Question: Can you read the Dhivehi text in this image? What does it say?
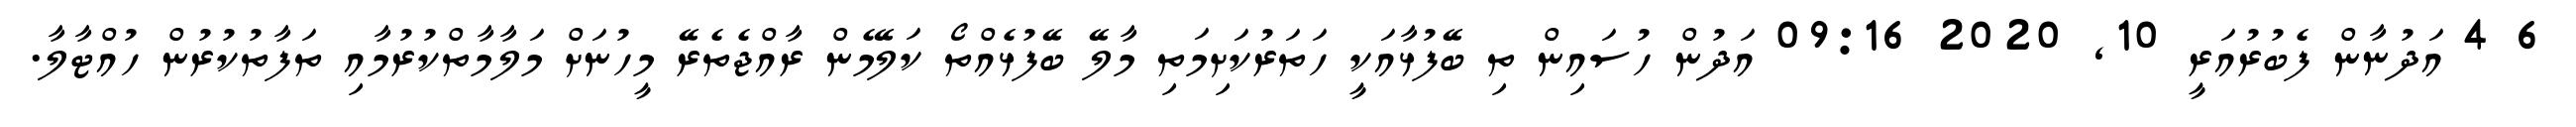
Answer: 6 4 އަދުނާން ފެބުރުއަރީ 10, 2020 09:16 އަދުން ހުސައިން ތި ބޭފުޅާއަކީ ހަތަރުކަށިމަތި މާލޭ ބޭފުޅެއްތޯ ކަލޭމެން ރާއްޖެތެރޭ މީހުނަށް މަލާމާތްކުރުމާއި ތަފާތުކުރުން ހުއްޓާލާ.